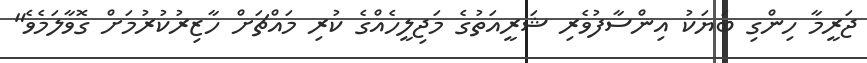
ޖަރީމާ ހިންގި ބަޔަކު އިންސާފުވެރި ޝަރީއަތުގެ މަޖިލީހެއްގެ ކުރި މައްޗަށް ހާޒިރުކުރުމަށް ގޮވާލަމެވެ"